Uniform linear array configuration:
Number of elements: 64
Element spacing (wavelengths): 0.25
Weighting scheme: hamming
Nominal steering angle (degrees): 0
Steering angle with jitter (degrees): -1.576
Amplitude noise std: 0.05
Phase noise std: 0.05

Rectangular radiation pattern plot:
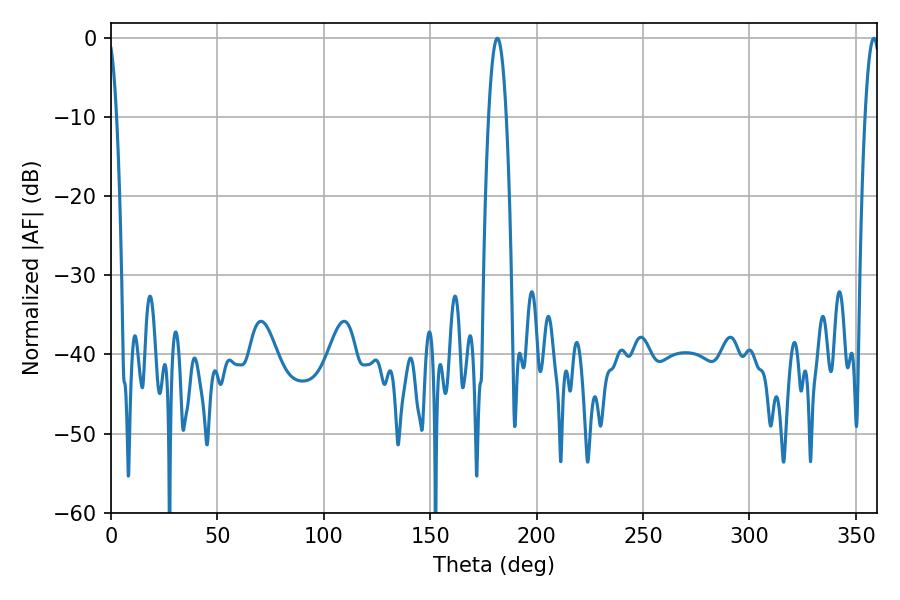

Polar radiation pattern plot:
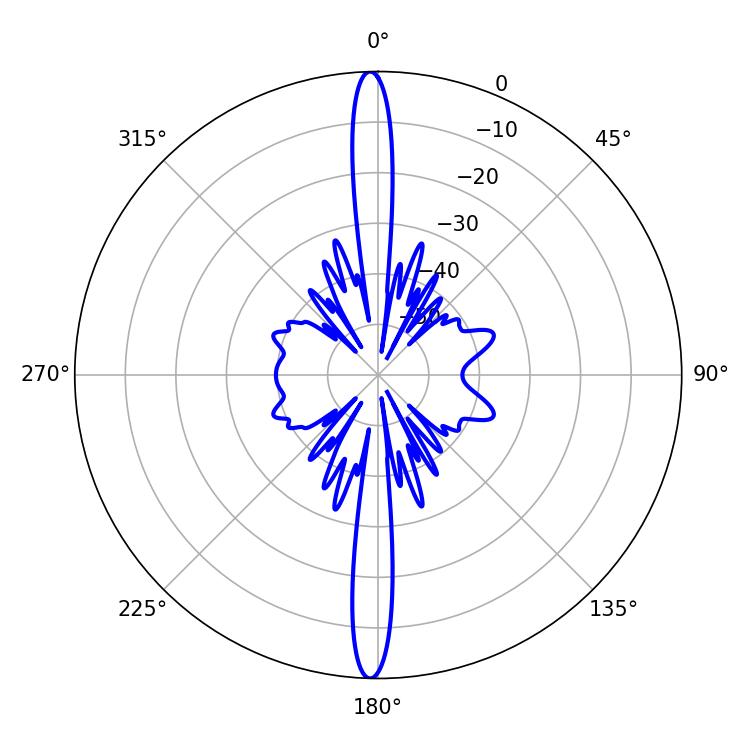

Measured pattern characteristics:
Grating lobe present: FALSE
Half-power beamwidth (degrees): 4.5
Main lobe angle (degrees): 181.62